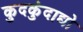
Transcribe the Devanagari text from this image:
कुदकुंदाद्यो